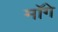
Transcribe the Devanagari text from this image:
माॅगे